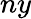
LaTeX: ny